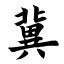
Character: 冀